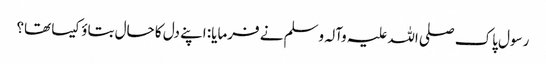
رسول پاک صلی اللہ علیہ وآلہ وسلم نے فرمایا: اپنے دل کا حال بتاؤ کیسا تھا؟